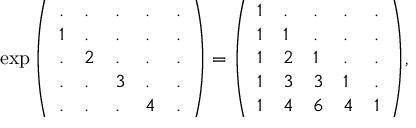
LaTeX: \exp { \left( \begin{array} { l l l l l } { . } & { . } & { . } & { . } & { . } \\ { 1 } & { . } & { . } & { . } & { . } \\ { . } & { 2 } & { . } & { . } & { . } \\ { . } & { . } & { 3 } & { . } & { . } \\ { . } & { . } & { . } & { 4 } & { . } \end{array} \right) } = { \left( \begin{array} { l l l l l } { 1 } & { . } & { . } & { . } & { . } \\ { 1 } & { 1 } & { . } & { . } & { . } \\ { 1 } & { 2 } & { 1 } & { . } & { . } \\ { 1 } & { 3 } & { 3 } & { 1 } & { . } \\ { 1 } & { 4 } & { 6 } & { 4 } & { 1 } \end{array} \right) } ,